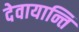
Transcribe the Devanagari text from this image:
देवायान्ति